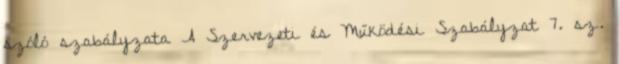
szóló szabályzata A Szervezeti és Működési Szabályzat 7. sz.